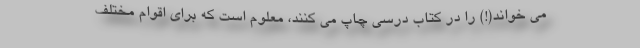
می خواند(!) را در کتاب درسی چاپ می کنند، معلوم است که برای اقوام مختلف